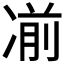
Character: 𰄄